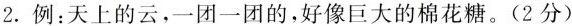
2.例：天上的云，一团一团的，好像巨大的棉花糖。(2分)